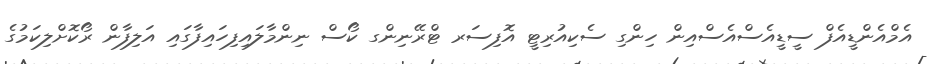
އެމްއެންޑީއެފް ސީޑީއެސްއެސްއިން ހިންގި ސެކިއުރިޓީ އޮފިސަރ ޓްރޭނިންގ ކޯސް ނިންމާލައިފިހައިފާގައި އަލިފާން ރޯކޮށްލިކަމުގެ